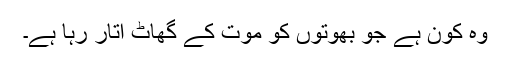
وہ کون ہے جو بھوتوں کو موت کے گھاٹ اتار رہا ہے۔